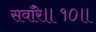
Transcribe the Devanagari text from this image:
सवाँरे॥१०॥